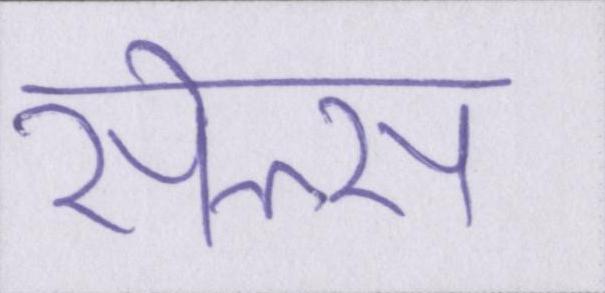
सेल्स